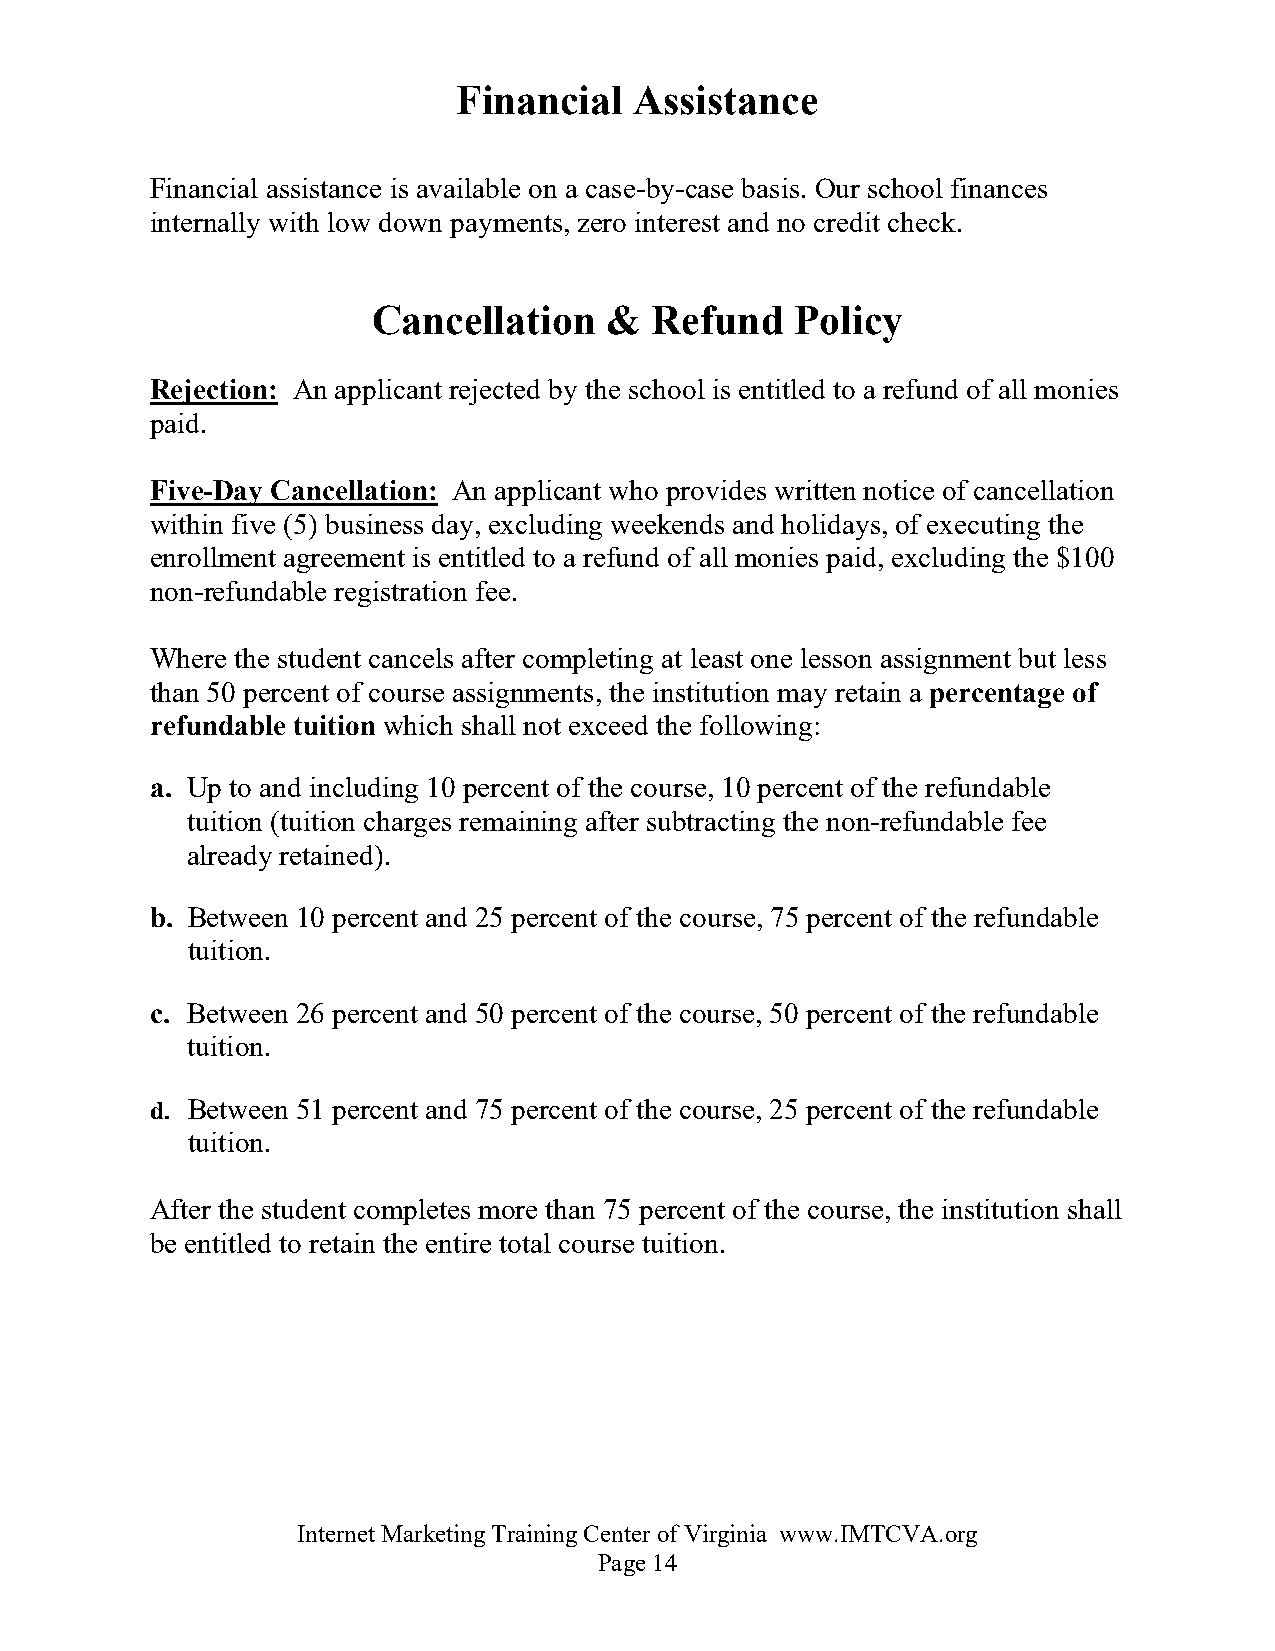
Financial   Assistance
 Financial assistance is available on a case-by-case basis. Our school finances
 internally with low down payments, zero interest and no credit check.
 Cancellation   &  Refund    Policy
 Rejection: An applicant rejected by the school is entitled to a refund of all monies
 paid.
 Five-Day Cancellation: An applicant who provides written notice of cancellation
 within five (5) business day, excluding weekends and holidays, of executing the
 enrollment agreement is entitled to a refund of all monies paid, excluding the $100
 non-refundable registration fee.
 Where the student cancels after completing at least one lesson assignment but less
 than 50 percent of course assignments, the institution may retain a percentage of
 refundable tuition which shall not exceed the following:
 a. Up to and including 10 percent of the course, 10 percent of the refundable
 tuition (tuition charges remaining after subtracting the non-refundable fee
 already retained).
 b. Between 10 percent and 25 percent of the course, 75 percent of the refundable
 tuition.
 c. Between 26 percent and 50 percent of the course, 50 percent of the refundable
 tuition.
 d. Between 51 percent and 75 percent of the course, 25 percent of the refundable
 tuition.
 After the student completes more than 75 percent of the course, the institution shall
 be entitled to retain the entire total course tuition.
 Internet Marketing Training Center of Virginia www.IMTCVA.org
 Page 14